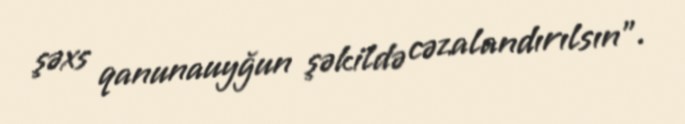
şəxs qanunauyğun şəkildə cəzalandırılsın”.